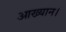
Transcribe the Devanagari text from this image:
आख्यान।